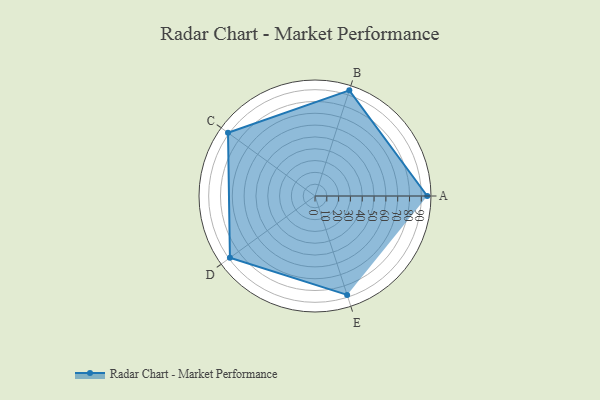
{"axis": {"x": "Skill", "y": "Score"}, "legend": ["Profile"], "data": [{"x": "A", "y": 95.0, "type": "Profile"}, {"x": "B", "y": 94.0, "type": "Profile"}, {"x": "C", "y": 91.0, "type": "Profile"}, {"x": "D", "y": 89.0, "type": "Profile"}, {"x": "E", "y": 88.0, "type": "Profile"}]}